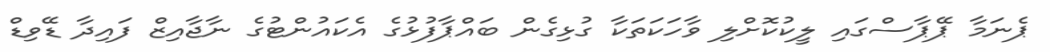
ޕެނަމާ ޕޭޕާސްގައި ލީކުކޮށްލި ވާހަކަތަކާ ގުޅިގެން ބައްޕާފުޅުގެ އެކައުންޓުގެ ނާޖާއިޒް ފައިދާ ޑޭވިޑް